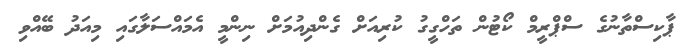
ޕާކިސްތާނުގެ ސްޕްރީމް ކޯޓުން ތަހްގީގު ކުރިއަށް ގެންދިއުމަށް ނިންމީ އެމައްސަލާގައި މިއަދު ބޭއްވި